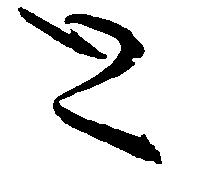
と